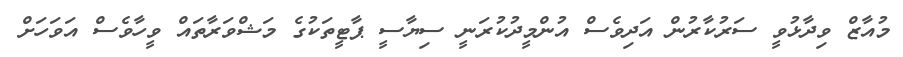
މުއާޒް ވިދާޅުވީ ސަރުކާރުން އަދިވެސް އުންމީދުކުރަނީ ސިޔާސީ ޕާޓީތަކުގެ މަޝްވަރާތައް ވީހާވެސް އަަވަހަށް